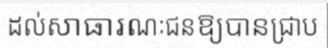
ដល់សាធារណៈជនឱ្យបានជ្រាប